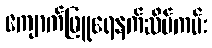
ကျောက်ဖြူရေနက်ဆိပ်ကမ်း